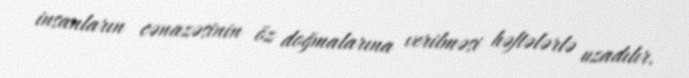
insanların cənazəsinin öz doğmalarına verilməsi həftələrlə uzadılır.